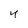
Character: 4